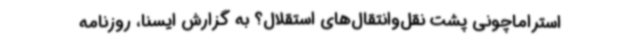
استراماچونی پشت نقل‌وانتقال‌های استقلال؟ به گزارش ایسنا، روزنامه